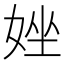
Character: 㛗